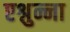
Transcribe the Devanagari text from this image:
एश्नुन्ना